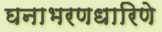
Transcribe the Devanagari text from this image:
घनाभरणधारिणे